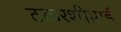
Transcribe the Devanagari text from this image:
ठक्करशीभाई